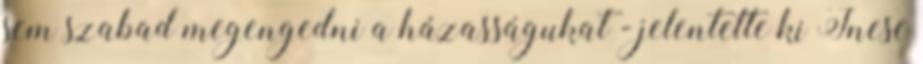
sem szabad megengedni a házasságukat - jelentette ki Inese